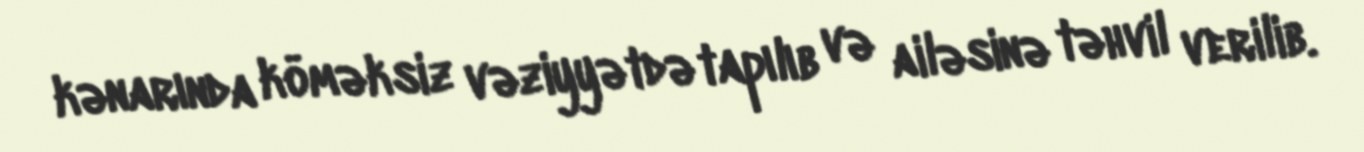
kənarında köməksiz vəziyyətdə tapılıb və ailəsinə təhvil verilib.